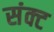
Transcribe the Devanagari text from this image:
संक्ट